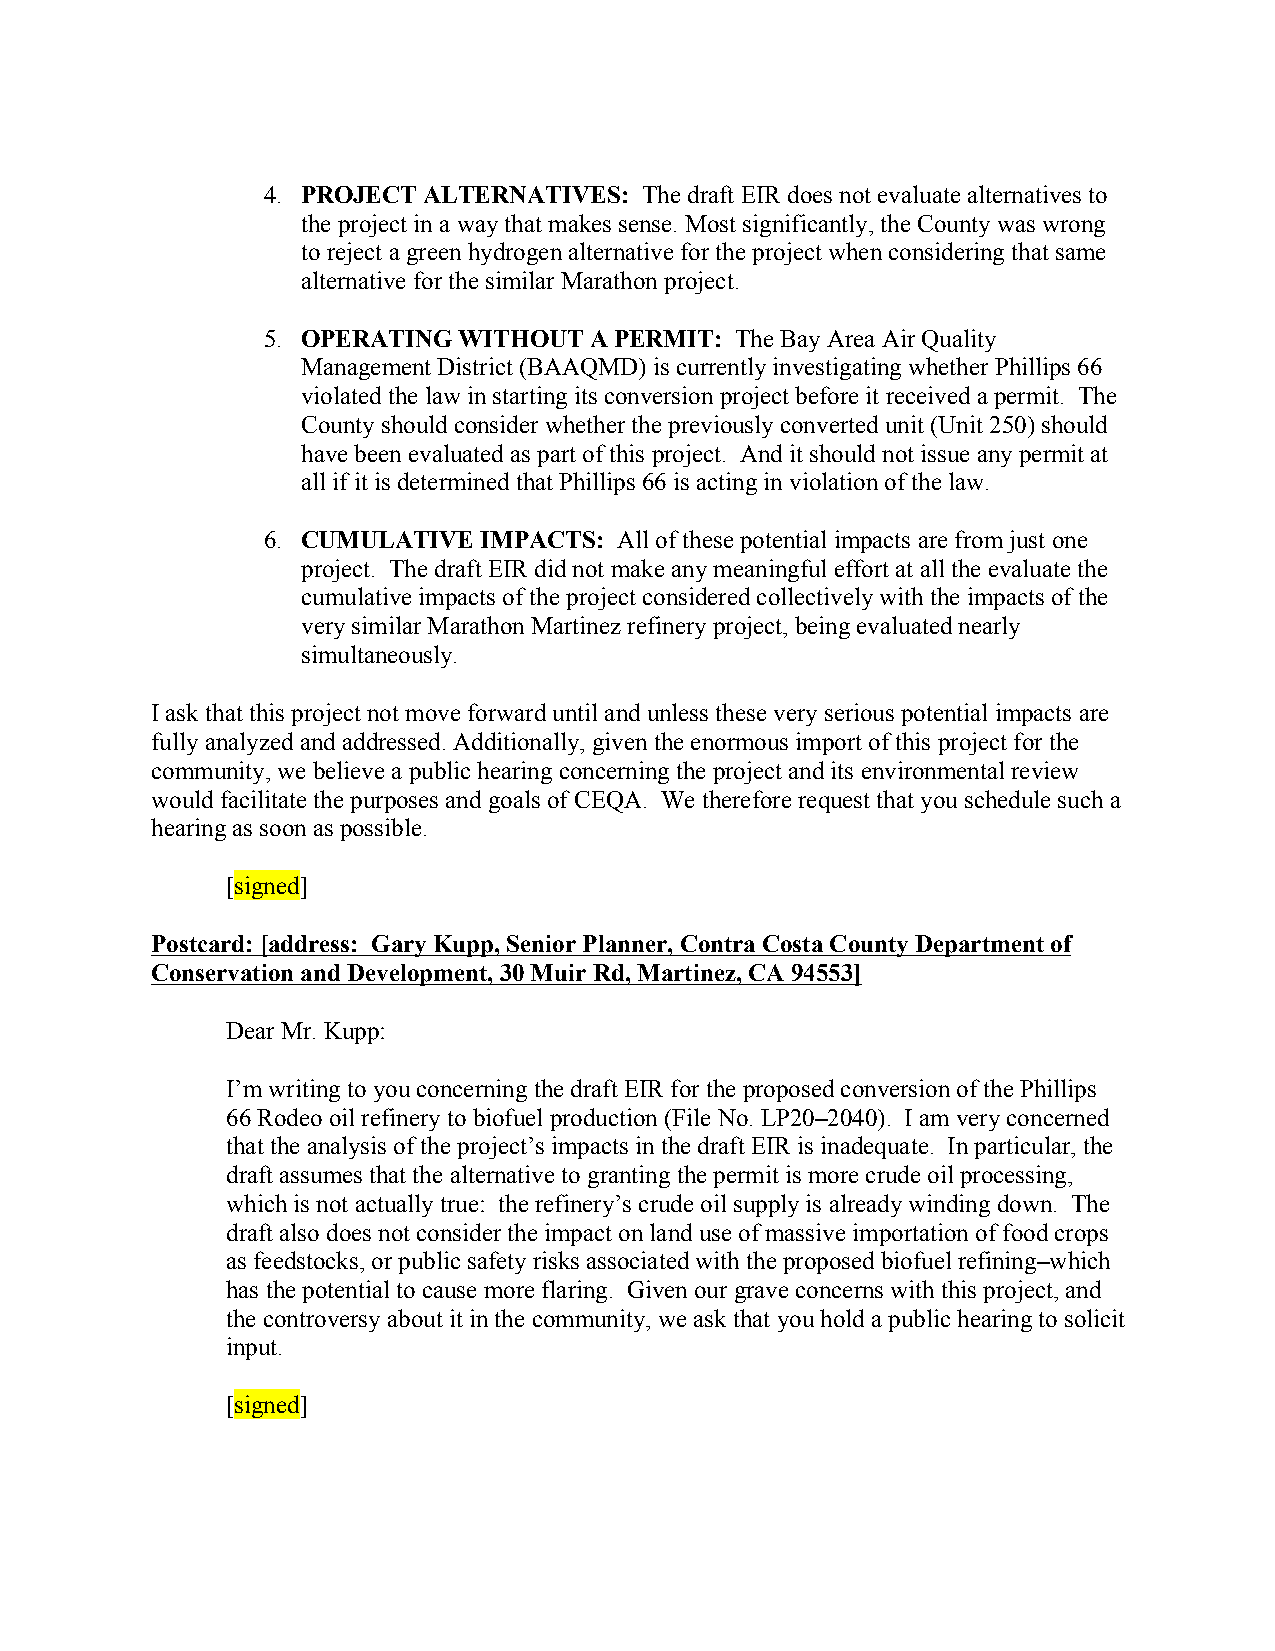
4. PROJECT ALTERNATIVES:  The draft EIR does not evaluate alternatives to
 the project in a way that makes sense. Most significantly, the County was wrong
 to reject a green hydrogen alternative for the project when considering that same
 alternative for the similar Marathon project.
 5. OPERATING WITHOUT  A PERMIT: The Bay Area Air Quality
 Management District (BAAQMD) is currently investigating whether Phillips 66
 violated the law in starting its conversion project before it received a permit. The
 County should consider whether the previously converted unit (Unit 250) should
 have been evaluated as part of this project. And it should not issue any permit at
 all if it is determined that Phillips 66 is acting in violation of the law.
 6. CUMULATIVE  IMPACTS: All of these potential impacts are from just one
 project. The draft EIR did not make any meaningful effort at all the evaluate the
 cumulative impacts of the project considered collectively with the impacts of the
 very similar Marathon Martinez refinery project, being evaluated nearly
 simultaneously.
 I ask that this project not move forward until and unless these very serious potential impacts are
 fully analyzed and addressed. Additionally, given the enormous import of this project for the
 community, we believe a public hearing concerning the project and its environmental review
 would facilitate the purposes and goals of CEQA. We therefore request that you schedule such a
 hearing as soon as possible.
 [signed]
 Postcard: [address: Gary Kupp, Senior Planner, Contra Costa County Department of
 Conservation and Development, 30 Muir Rd, Martinez, CA 94553]
 Dear Mr. Kupp:
 I’m writing to you concerning the draft EIR for the proposed conversion of the Phillips
 66 Rodeo oil refinery to biofuel production (File No. LP20–2040). I am very concerned
 that the analysis of the project’s impacts in the draft EIR is inadequate. In particular, the
 draft assumes that the alternative to granting the permit is more crude oil processing,
 which is not actually true: the refinery’s crude oil supply is already winding down. The
 draft also does not consider the impact on land use of massive importation of food crops
 as feedstocks, or public safety risks associated with the proposed biofuel refining–which
 has the potential to cause more flaring. Given our grave concerns with this project, and
 the controversy about it in the community, we ask that you hold a public hearing to solicit
 input.
 [signed]